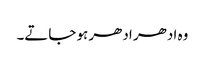
وہ ادھر ادھر ہو جاتے۔